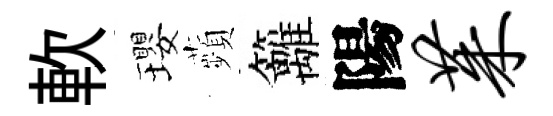
軟瓔蘋籬陽茱